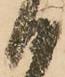
日